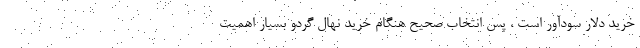
خرید دلار سودآور است ، پس انتخاب صحیح هنگام خرید نهال گردو بسیار اهمیت